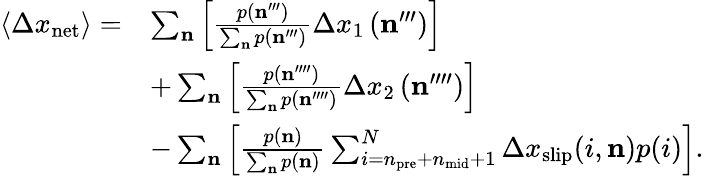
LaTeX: \begin{array}{rl}{\left\langle\Delta x_{\mathrm{net}}\right\rangle=}&{\sum_{\mathbf{n}}\Big[\frac{p\left(\mathbf{n}^{\prime\prime\prime}\right)}{\sum_{\mathbf{n}}p\left(\mathbf{n}^{\prime\prime\prime}\right)}\Delta x_{1}\left(\mathbf{n}^{\prime\prime\prime}\right)\Big]}\\ &{+\sum_{\mathbf{n}}\Big[\frac{p\left(\mathbf{n}^{\prime\prime\prime\prime}\right)}{\sum_{\mathbf{n}}p\left(\mathbf{n}^{\prime\prime\prime\prime}\right)}\Delta x_{2}\left(\mathbf{n}^{\prime\prime\prime\prime}\right)\Big]}\\ &{-\sum_{\mathbf{n}}\Big[\frac{p\left(\mathbf{n}\right)}{\sum_{\mathbf{n}}p\left(\mathbf{n}\right)}\sum_{i=n_{\mathrm{pre}}+n_{\mathrm{mid}}+1}^{N}\Delta x_{\mathrm{slip}}(i,\mathbf{n})p(i)\Big].}\end{array}